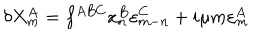
\delta X _ { m } ^ { A } = f ^ { A B C } x _ { n } ^ { B } \varepsilon _ { m - n } ^ { C } + i \mu m \varepsilon _ { m } ^ { A }